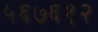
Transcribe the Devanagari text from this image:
५६७६१२